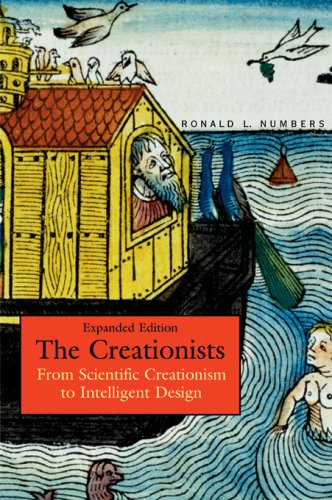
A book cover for The Creationists: From Scientific Creationism to Intelligent Design, Expanded Edition; Ronald L. Numbers; Christian Books & Bibles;